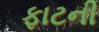
ફાટની